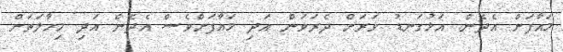
މައާފަށް އެދެން. އަޅުގަނޑު ވަރަށް ދެރަވަން އަދި މައާފަށްވެސް އެދެން އަދި މިހާލަތަށް